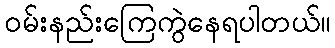
ဝမ်းနည်းကြေကွဲနေရပါတယ်။